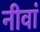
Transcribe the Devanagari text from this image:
नीवां